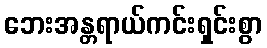
ဘေးအန္တရာယ်ကင်းရှင်းစွာ